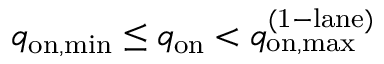
q _ { \mathrm { o n , m i n } } \leq q _ { \mathrm { o n } } < q _ { \mathrm { o n , m a x } } ^ { \mathrm { ( 1 - l a n e ) } }